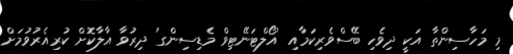
މި މަހާސިންތާ އަކީ ދިވެހި ބޭސްވެރިކަމާއި 'އޯލްޓަނޭޓިވް މެޑިސިންގ' ދިރުވާ އާލާކޮށް ކުރިއެރުވުމަށް